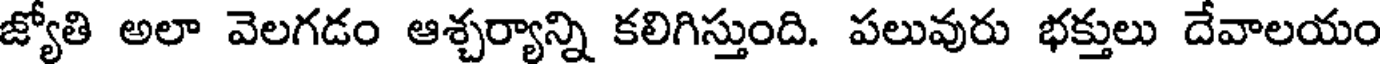
జ్యోతి అలా వెలగడం ఆశ్చర్యాన్ని కలిగిస్తుంది. పలువురు భక్తులు దేవాలయం